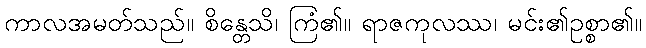
ကာလအမတ်သည်။ စိန္တေသိ၊ ကြံ၏။ ရာဇကုလဿ၊ မင်း၏ဥစ္စာ၏။